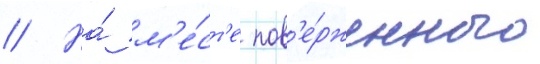
// На́ м'е́ст'е пов'е́рженного